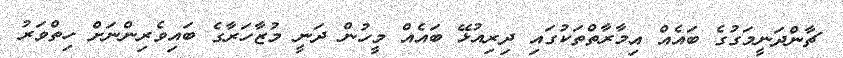
ޗާންދަނީމަގުގެ ބައެއް އިމާރާތްތަކުގައި ދިރިއުޅޭ ބައެއް މީހުން ދަނީ މުޒާހަރާގެ ބައިވެރިންނަށް ހިތްވަރު